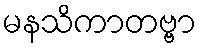
မနသိကာတဗ္ဗာ